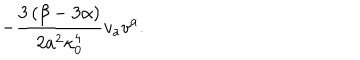
LaTeX: - \frac { 3 \left( \beta - 3 \alpha \right) } { 2 a ^ { 2 } \kappa _ { 0 } ^ { 4 } } v _ { a } v ^ { a } .